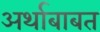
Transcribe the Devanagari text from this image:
अर्थाबाबत